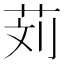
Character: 𰰹